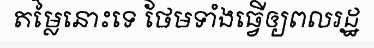
តម្លៃនោះទេ ថែមទាំងធ្វើឲ្យពលរដ្ឋ